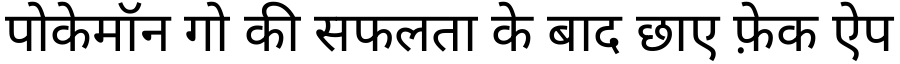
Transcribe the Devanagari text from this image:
पोकेमॉन गो की सफलता के बाद छाए फ़ेक ऐप